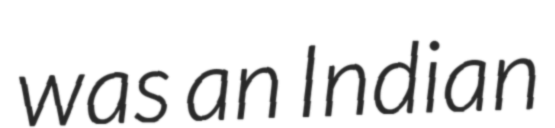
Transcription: was an Indian